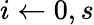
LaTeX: i\leftarrow 0,s